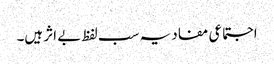
اجتماعی مفاد یہ سب لفظ بے اثر ہیں۔